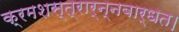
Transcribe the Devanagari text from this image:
क्रमशस्त्रार्न्नबार्धत।